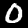
Label: 0